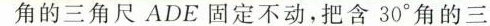
角的三角尺ADE固定不动，把含30°角的三